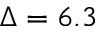
\Delta = 6 . 3